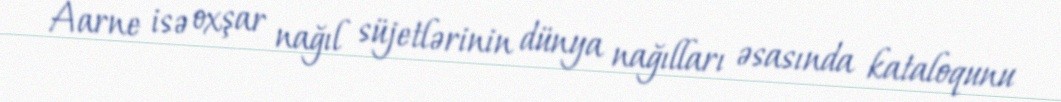
Aarne isə oxşar nağıl süjetlərinin dünya nağılları əsasında kataloqunu